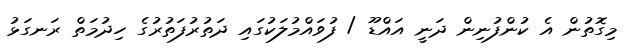
މިގޮތުން އެ ކުންފުނިން ދަނީ އައްޑޫ / ފުވައްމުލަކުގައި ދަތުރުފަތުރުގެ ހިދުމަތް ރަނގަޅު